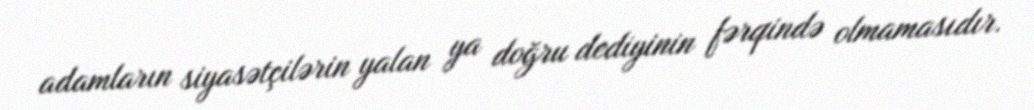
adamların siyasətçilərin yalan ya doğru dediyinin fərqində olmamasıdır.